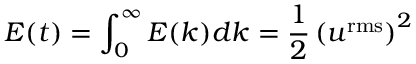
E ( t ) = \int _ { 0 } ^ { \infty } E ( k ) d k = \frac { 1 } { 2 } \left( u ^ { \mathrm { r m s } } \right) ^ { 2 }